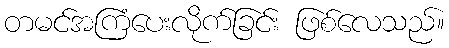
တမင်အကြံပေးလိုက်ခြင်း ဖြစ်လေသည်။